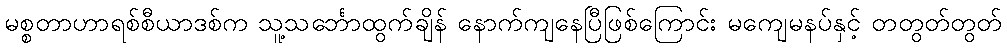
မစ္စတာဟာရစ်စီယာဒစ်က သူ့သင်္ဘောထွက်ချိန် နောက်ကျနေပြီဖြစ်ကြောင်း မကျေမနပ်နှင့် တတွတ်တွတ်